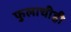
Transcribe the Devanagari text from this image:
फुलाचीही